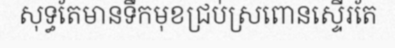
សុទ្ធតែមានទឹកមុខជ្រប់ស្រពោនស្ទើរតែ